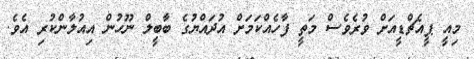
މިއީ ޕީއެޗްޑީއަށް ވުރެވެސް މަތީ ފާހެއްކަމަށް އުދައްޔުގެ ބާބީލް ނޫހުން އިއުލާންކުރި އެވެ.